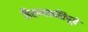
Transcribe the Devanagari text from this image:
हिरण्यकशिपूचे